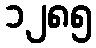
၁၂၈၅